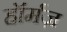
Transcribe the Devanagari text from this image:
हॉर्मज़